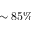
\sim 8 5 \%